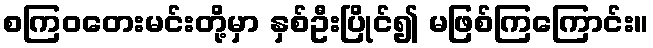
စကြဝတေးမင်းတို့မှာ နှစ်ဦးပြိုင်၍ မဖြစ်ကြကြောင်း။